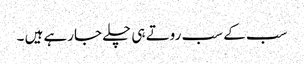
سب کے سب روتے ہی چلے جارہے ہیں ۔